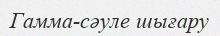
Гамма-сәуле шығару